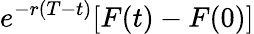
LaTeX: e^{-r(T-t)}[F(t)-F(0)]